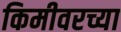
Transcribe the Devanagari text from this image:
किमीवरच्या